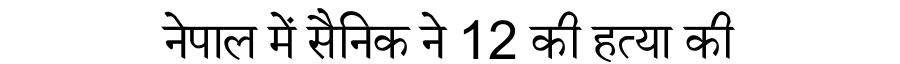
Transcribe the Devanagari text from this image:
नेपाल में सैनिक ने 12 की हत्या की